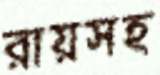
রায়সহ